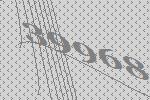
39968